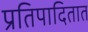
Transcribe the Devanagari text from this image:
प्रतिपादितात